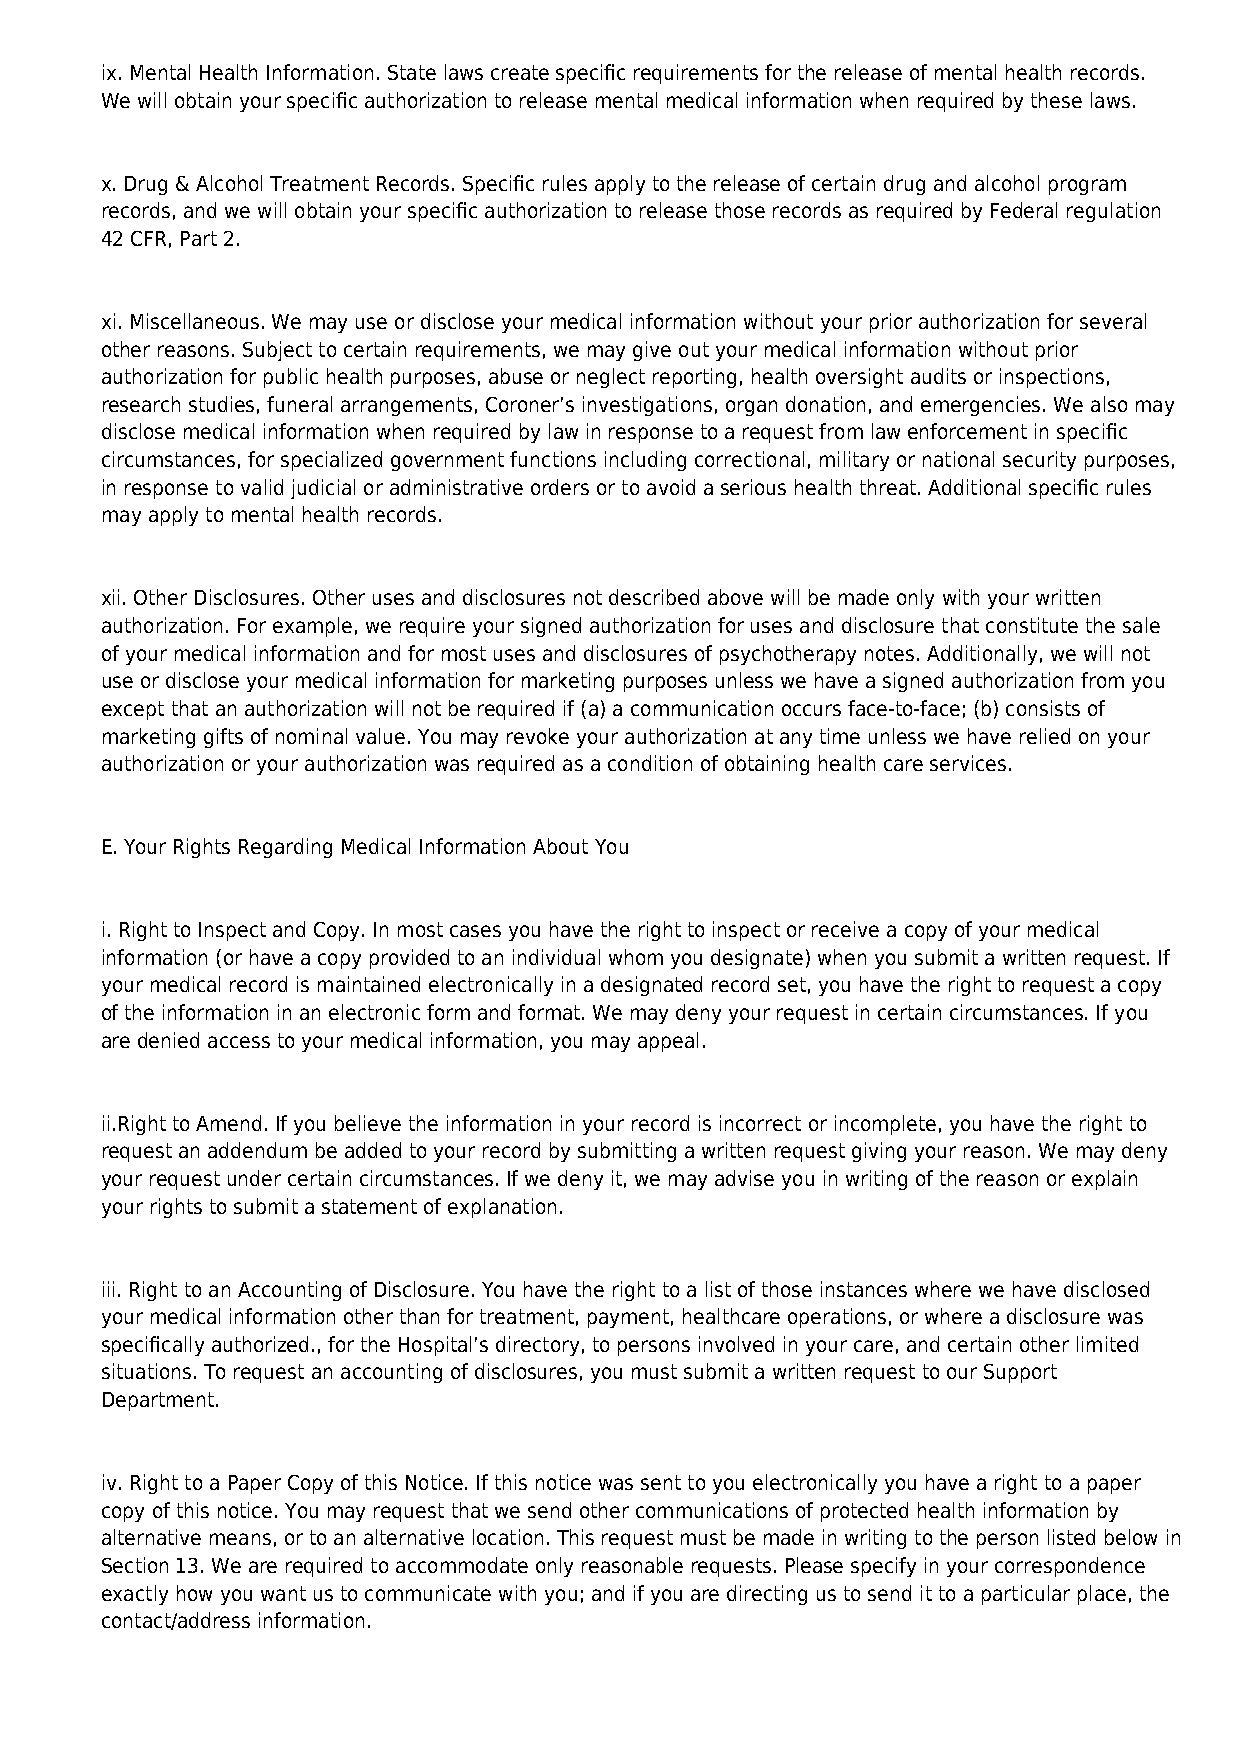
ix. Mental Health Information. State laws create specific requirements for the release of mental health records.
 We will obtain your specific authorization to release mental medical information when required by these laws.
 x. Drug & Alcohol Treatment Records. Specific rules apply to the release of certain drug and alcohol program
 records, and we will obtain your specific authorization to release those records as required by Federal regulation
 42 CFR, Part 2.
 xi. Miscellaneous. We may use or disclose your medical information without your prior authorization for several
 other reasons. Subject to certain requirements, we may give out your medical information without prior
 authorization for public health purposes, abuse or neglect reporting, health oversight audits or inspections,
 research studies, funeral arrangements, Coroner’s investigations, organ donation, and emergencies. We also may
 disclose medical information when required by law in response to a request from law enforcement in specific
 circumstances, for specialized government functions including correctional, military or national security purposes,
 in response to valid judicial or administrative orders or to avoid a serious health threat. Additional specific rules
 may apply to mental health records.
 xii. Other Disclosures. Other uses and disclosures not described above will be made only with your written
 authorization. For example, we require your signed authorization for uses and disclosure that constitute the sale
 of your medical information and for most uses and disclosures of psychotherapy notes. Additionally, we will not
 use or disclose your medical information for marketing purposes unless we have a signed authorization from you
 except that an authorization will not be required if (a) a communication occurs face-to-face; (b) consists of
 marketing gifts of nominal value. You may revoke your authorization at any time unless we have relied on your
 authorization or your authorization was required as a condition of obtaining health care services.
 E. Your Rights Regarding Medical Information About You
 i. Right to Inspect and Copy. In most cases you have the right to inspect or receive a copy of your medical
 information (or have a copy provided to an individual whom you designate) when you submit a written request. If
 your medical record is maintained electronically in a designated record set, you have the right to request a copy
 of the information in an electronic form and format. We may deny your request in certain circumstances. If you
 are denied access to your medical information, you may appeal.
 ii.Right to Amend. If you believe the information in your record is incorrect or incomplete, you have the right to
 request an addendum be added to your record by submitting a written request giving your reason. We may deny
 your request under certain circumstances. If we deny it, we may advise you in writing of the reason or explain
 your rights to submit a statement of explanation.
 iii. Right to an Accounting of Disclosure. You have the right to a list of those instances where we have disclosed
 your medical information other than for treatment, payment, healthcare operations, or where a disclosure was
 specifically authorized., for the Hospital’s directory, to persons involved in your care, and certain other limited
 situations. To request an accounting of disclosures, you must submit a written request to our Support
 Department.
 iv. Right to a Paper Copy of this Notice. If this notice was sent to you electronically you have a right to a paper
 copy of this notice. You may request that we send other communications of protected health information by
 alternative means, or to an alternative location. This request must be made in writing to the person listed below in
 Section 13. We are required to accommodate only reasonable requests. Please specify in your correspondence
 exactly how you want us to communicate with you; and if you are directing us to send it to a particular place, the
 contact/address information.